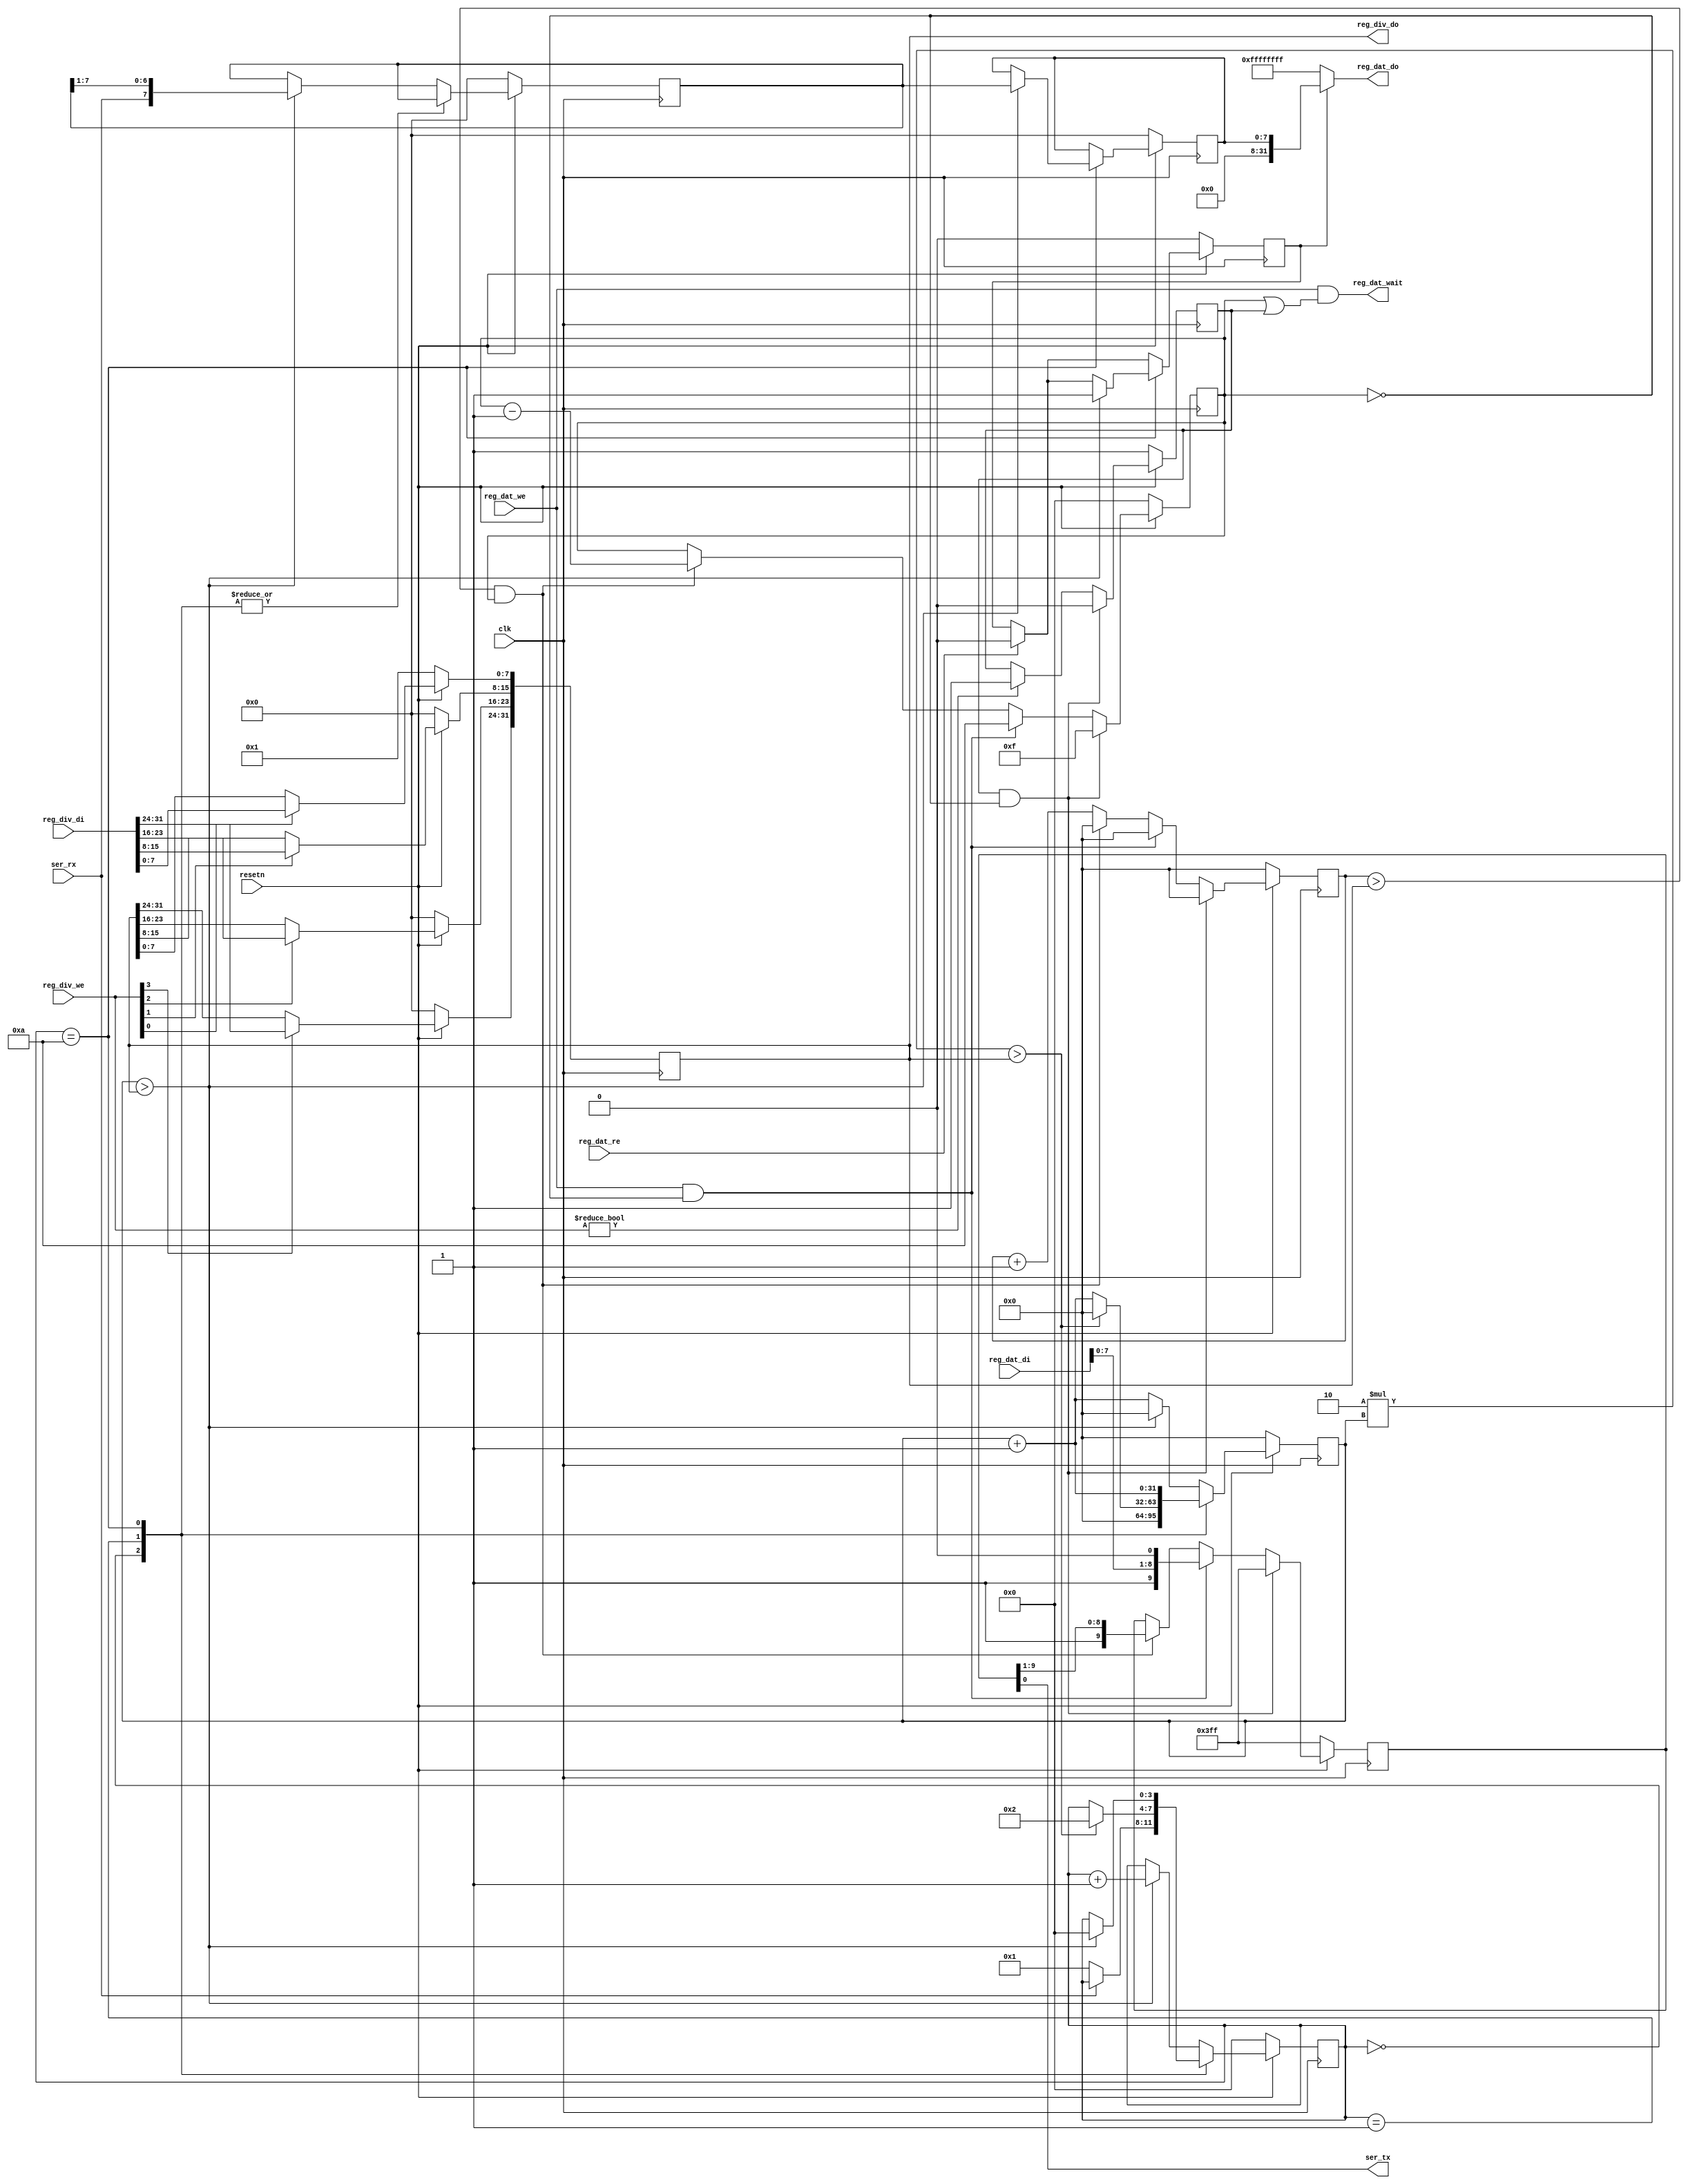
/*
 *  PicoSoC - A simple example SoC using PicoRV32
 *
 *  Copyright (C) 2017  Clifford Wolf <clifford@clifford.at>
 *
 *  Permission to use, copy, modify, and/or distribute this software for any
 *  purpose with or without fee is hereby granted, provided that the above
 *  copyright notice and this permission notice appear in all copies.
 *
 *  THE SOFTWARE IS PROVIDED "AS IS" AND THE AUTHOR DISCLAIMS ALL WARRANTIES
 *  WITH REGARD TO THIS SOFTWARE INCLUDING ALL IMPLIED WARRANTIES OF
 *  MERCHANTABILITY AND FITNESS. IN NO EVENT SHALL THE AUTHOR BE LIABLE FOR
 *  ANY SPECIAL, DIRECT, INDIRECT, OR CONSEQUENTIAL DAMAGES OR ANY DAMAGES
 *  WHATSOEVER RESULTING FROM LOSS OF USE, DATA OR PROFITS, WHETHER IN AN
 *  ACTION OF CONTRACT, NEGLIGENCE OR OTHER TORTIOUS ACTION, ARISING OUT OF
 *  OR IN CONNECTION WITH THE USE OR PERFORMANCE OF THIS SOFTWARE.
 *
 */

module simpleuart (
	input clk,
	input resetn,

	output ser_tx,
	input  ser_rx,

	input   [3:0] reg_div_we,
	input  [31:0] reg_div_di,
	output [31:0] reg_div_do,

	input         reg_dat_we,
	input         reg_dat_re,
	input  [31:0] reg_dat_di,
	output [31:0] reg_dat_do,
	output        reg_dat_wait
);
	reg [31:0] cfg_divider;

	reg [3:0] recv_state;
	reg [31:0] recv_divcnt;
	reg [7:0] recv_pattern;
	reg [7:0] recv_buf_data;
	reg recv_buf_valid;

	reg [9:0] send_pattern;
	reg [3:0] send_bitcnt;
	reg [31:0] send_divcnt;
	reg send_dummy;

	assign reg_div_do = cfg_divider;

	assign reg_dat_wait = reg_dat_we && (send_bitcnt || send_dummy);
	assign reg_dat_do = recv_buf_valid ? recv_buf_data : ~0;

	always @(posedge clk) begin
		if (!resetn) begin
			cfg_divider <= 1;
		end else begin
			if (reg_div_we[0]) cfg_divider[ 7: 0] <= reg_div_di[ 7: 0];
			if (reg_div_we[1]) cfg_divider[15: 8] <= reg_div_di[15: 8];
			if (reg_div_we[2]) cfg_divider[23:16] <= reg_div_di[23:16];
			if (reg_div_we[3]) cfg_divider[31:24] <= reg_div_di[31:24];
		end
	end

	always @(posedge clk) begin
		if (!resetn) begin
			recv_state <= 0;
			recv_divcnt <= 0;
			recv_pattern <= 0;
			recv_buf_data <= 0;
			recv_buf_valid <= 0;
		end else begin
			recv_divcnt <= recv_divcnt + 1;
			if (reg_dat_re)
				recv_buf_valid <= 0;
			case (recv_state)
				0: begin
					if (!ser_rx)
						recv_state <= 1;
					recv_divcnt <= 0;
				end
				1: begin
					if (2*recv_divcnt > cfg_divider) begin
						recv_state <= 2;
						recv_divcnt <= 0;
					end
				end
				10: begin
					if (recv_divcnt > cfg_divider) begin
						recv_buf_data <= recv_pattern;
						recv_buf_valid <= 1;
						recv_state <= 0;
					end
				end
				default: begin
					if (recv_divcnt > cfg_divider) begin
						recv_pattern <= {ser_rx, recv_pattern[7:1]};
						recv_state <= recv_state + 1;
						recv_divcnt <= 0;
					end
				end
			endcase
		end
	end

	assign ser_tx = send_pattern[0];

	always @(posedge clk) begin
		if (reg_div_we)
			send_dummy <= 1;
		send_divcnt <= send_divcnt + 1;
		if (!resetn) begin
			send_pattern <= ~0;
			send_bitcnt <= 0;
			send_divcnt <= 0;
			send_dummy <= 1;
		end else begin
			if (send_dummy && !send_bitcnt) begin
				send_pattern <= ~0;
				send_bitcnt <= 15;
				send_divcnt <= 0;
				send_dummy <= 0;
			end else
			if (reg_dat_we && !send_bitcnt) begin
				send_pattern <= {1'b1, reg_dat_di[7:0], 1'b0};
				send_bitcnt <= 10;
				send_divcnt <= 0;
			end else
			if (send_divcnt > cfg_divider && send_bitcnt) begin
				send_pattern <= {1'b1, send_pattern[9:1]};
				send_bitcnt <= send_bitcnt - 1;
				send_divcnt <= 0;
			end
		end
	end
endmodule

module wb_simpleuart #(
	parameter BASE_ADR = 32'h1000000,
	parameter DAT_ADR_OFFSET = 32'h04,
	parameter DIV_ADR_OFFSET = 32'h08
)(
	input wb_clk_i,
	input wb_rst_i,

	input [31:0] wb_adr_i,
	input [31:0] wb_dat_i,
	input [3:0] wb_sel_i,
	input wb_we_i,
	input wb_cyc_i,
	input wb_stb_i,

	output wb_ack_o,
	output [31:0] wb_dat_o,

	input rx,
	output tx
	);

	
	wire reg_div_we;
	wire [31:0] reg_div_di;
	wire [31:0] reg_div_do;

	wire reg_dat_re;
	wire [31:0] reg_dat_di;
	wire [31:0] reg_dat_do;
	wire reg_dat_wait; 

	wire reg_div_sel;
	wire reg_dat_sel;

	assign reg_div_sel = (wb_adr_i == (BASE_ADR+DIV_ADR_OFFSET));
	assign reg_dat_sel = (wb_adr_i ==(BASE_ADR+DAT_ADR_OFFSET));

	assign wb_dat_o = reg_div_sel ? reg_dat_do : reg_dat_sel ? reg_dat_do : 32'b0;

	assign wb_ack_o = (reg_dat_sel && !reg_dat_wait) || reg_div_sel;
	
	simpleuart simpleuart (
		.clk         (wb_clk_i         ),
		.resetn      (~wb_rst_i      ),

		.ser_tx      (tx      ),
		.ser_rx      (rx      ),

		.reg_div_we  (reg_div_sel ? wb_sel_i : 4'b 0000),
		.reg_div_di  (wb_dat_i),
		.reg_div_do  (reg_div_do),

		.reg_dat_we  (reg_dat_sel ? wb_sel_i[0] : 1'b 0),
		.reg_dat_re  (reg_dat_sel && !wb_we_i),
		.reg_dat_di  (wb_dat_i),
		.reg_dat_do  (reg_dat_do),
		.reg_dat_wait(reg_dat_wait)
	);

endmodule